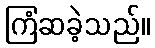
ကြံဆခဲ့သည်။